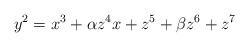
LaTeX: \begin{align*}y^2=x^3+\alpha z^4 x +z^5+\beta z^6+z^7\end{align*}